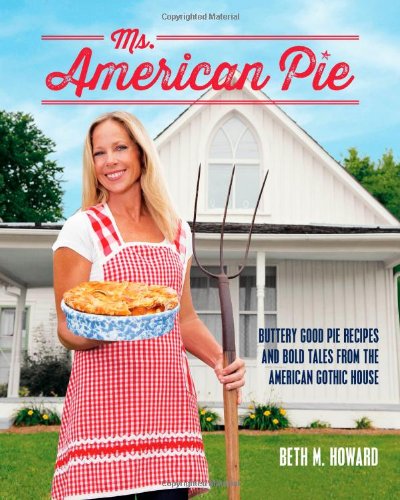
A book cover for Ms. American Pie: Buttery Good Pie Recipes and Bold Tales from the American Gothic House; Beth M. Howard; Cookbooks, Food & Wine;